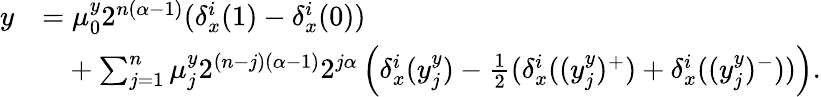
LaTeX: \begin{array}{rl}{y}&{=\mu_{0}^{y}2^{n(\alpha-1)}(\delta_{x}^{i}(1)-\delta_{x}^{i}(0))}\\ &{\phantom{=}+\sum_{j=1}^{n}\mu_{j}^{y}2^{(n-j)(\alpha-1)}2^{j\alpha}\left(\delta_{x}^{i}(y_{j}^{y})-\frac 12(\delta_{x}^{i}((y_{j}^{y})^{+})+\delta_{x}^{i}((y_{j}^{y})^{-}))\right)\mathrm{.}}\end{array}